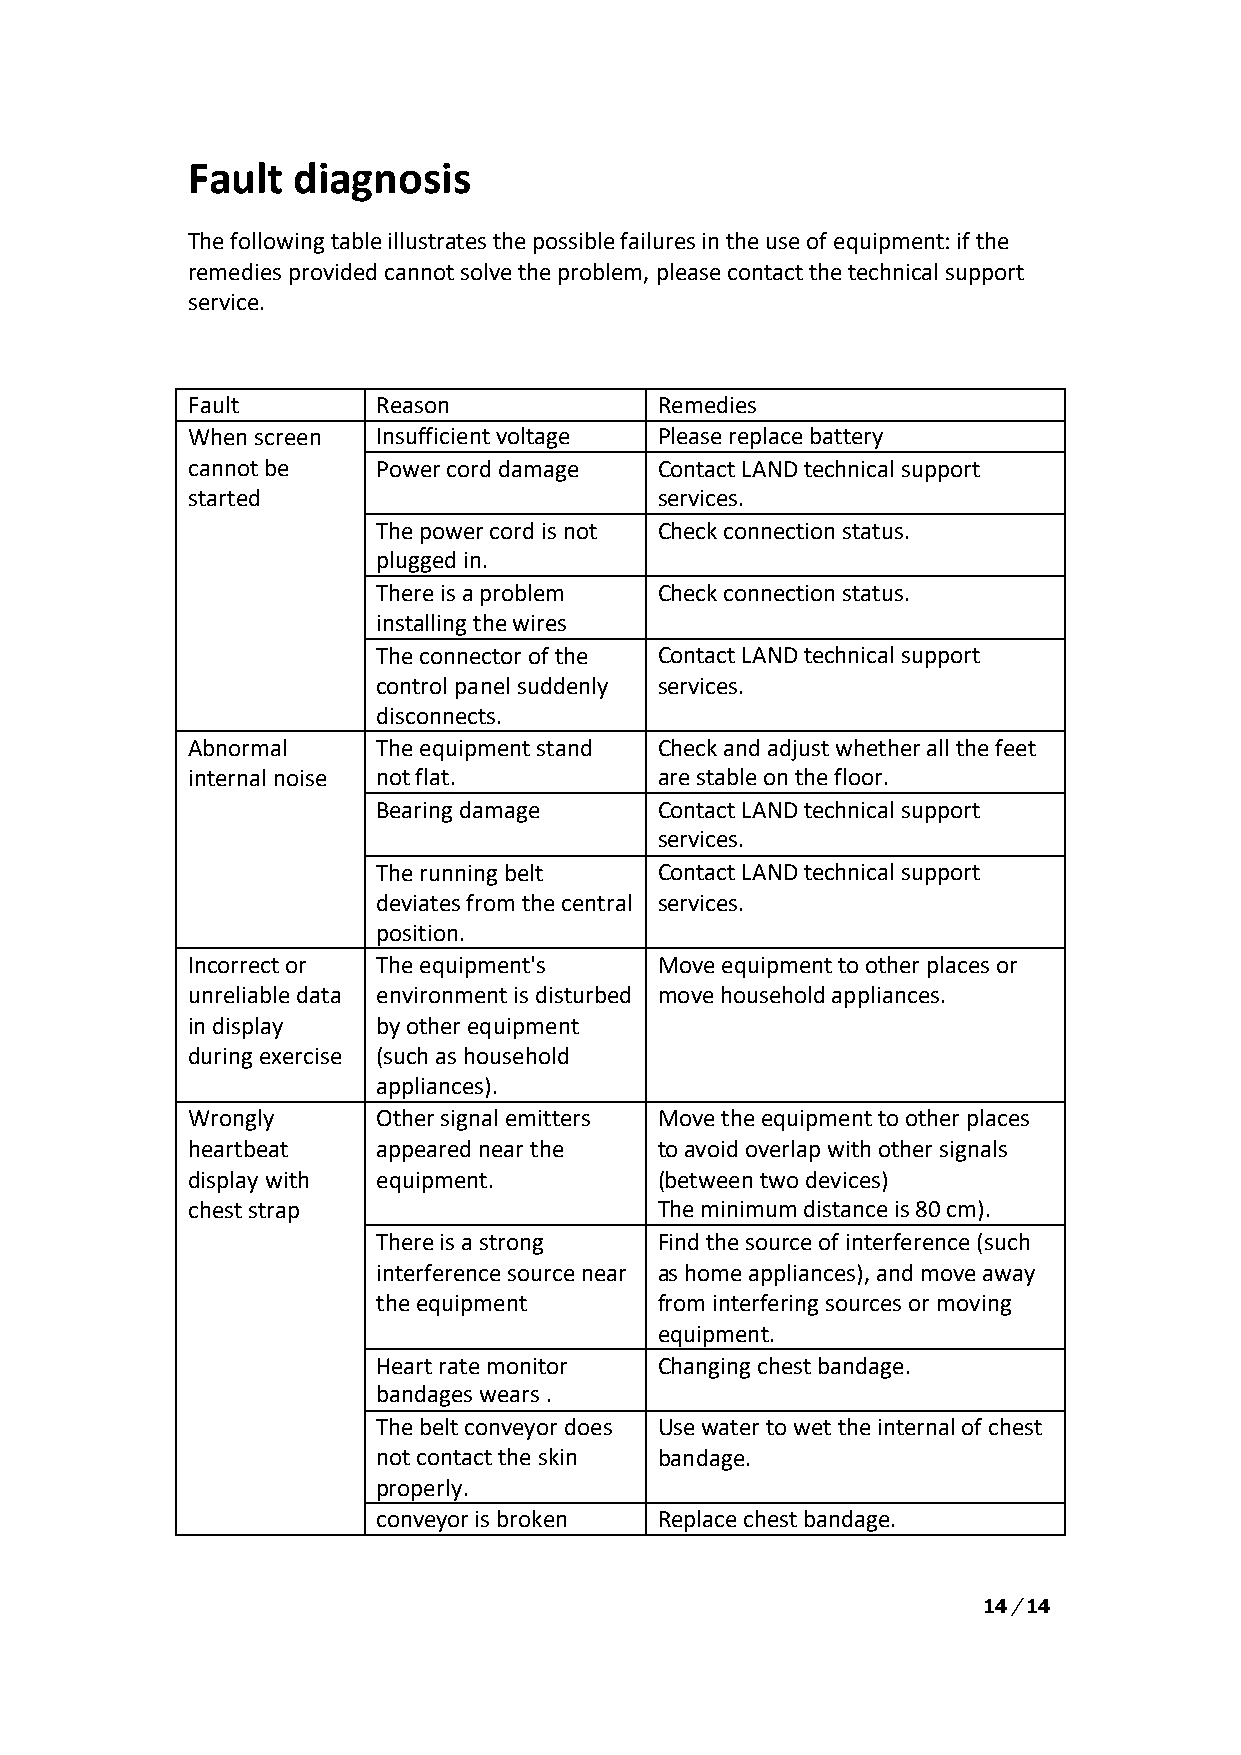
Fault  diagnosis
 The following table illustrates the possible failures in the use of equipment: if the
 remedies provided cannot solve the problem, please contact the technical support
 service.
 Fault        Reason             Remedies
 When screen  Insufficient voltage Please replace battery
 cannot be    Power cord damage  Contact LAND technical support
 started                         services.
 The power cord is not Check connection status.
 plugged in.
 There is a problem Check connection status.
 installing the wires
 The connector of the Contact LAND technical support
 control panel suddenly services.
 disconnects.
 Abnormal     The equipment stand Check and adjust whether all the feet
 internal noise not flat.        are stable on the floor.
 Bearing damage     Contact LAND technical support
 services.
 The running belt   Contact LAND technical support
 deviates from the central services.
 position.
 Incorrect or The equipment's    Move equipment to other places or
 unreliable data environment is disturbed move household appliances.
 in display   by other equipment
 during exercise (such as household
 appliances).
 Wrongly      Other signal emitters Move the equipment to other places
 heartbeat    appeared near the  to avoid overlap with other signals
 display with equipment.         (between two devices)
 chest strap                     The minimum distance is 80 cm).
 There is a strong  Find the source of interference (such
 interference source near as home appliances), and move away
 the equipment      from interfering sources or moving
 equipment.
 Heart rate monitor Changing chest bandage.
 bandages wears .
 The belt conveyor does Use water to wet the internal of chest
 not contact the skin bandage.
 properly.
 conveyor is broken Replace chest bandage.
 14 / 14